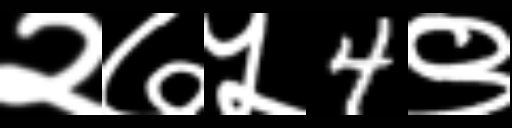
Text: २७५4९